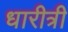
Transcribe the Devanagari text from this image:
धारीत्री